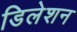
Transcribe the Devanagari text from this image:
डिलेशन